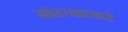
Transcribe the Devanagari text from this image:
संकेतस्थळाकडे